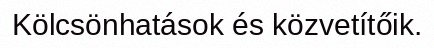
Kölcsönhatások és közvetítőik.